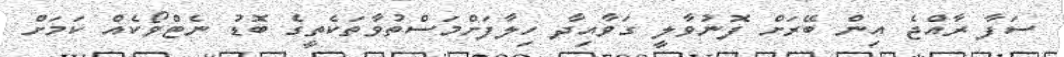
ސަފާ ރާއްޖެ އިން ބޭރަށް ފޮނުވާލީ ގަވާއިދާ ހިލާފަށްމަސްތުވާތަކެތީގެ ބޮޑު ނެޓްވޯކެއް ކަމަށް